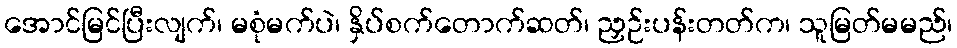
အောင်မြင်ပြီးလျက်၊ မစုံမက်ပဲ၊ နှိပ်စက်တောက်ဆတ်၊ ညှဉ်းပန်းတတ်က၊ သူမြတ်မမည်၊